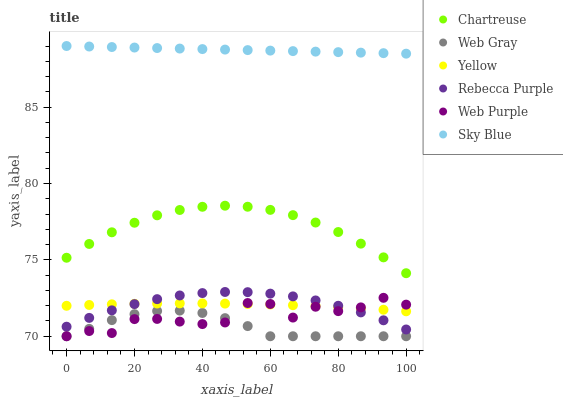
| xaxis_label | Chartreuse | Web Gray | Yellow | Rebecca Purple | Web Purple | Sky Blue |
 | --- | --- | --- | --- | --- | --- | --- |
 | 0 | 75.1 | 70 | 72 | 70.6 | 70 | 89 |
 | 6.67 | 76 | 70.5 | 72 | 71.2 | 70.3 | 89 |
 | 13.3 | 76.8 | 71.1 | 72.1 | 71.7 | 70.2 | 88.9 |
 | 20 | 77.4 | 71.4 | 72.1 | 72.1 | 71.1 | 88.9 |
 | 26.7 | 77.9 | 71.7 | 72.1 | 72.4 | 71.1 | 88.9 |
 | 33.3 | 78.3 | 71.7 | 72.2 | 72.7 | 71 | 88.8 |
 | 40 | 78.5 | 71.5 | 72.2 | 72.8 | 70.8 | 88.8 |
 | 46.7 | 78.5 | 71.2 | 72.1 | 72.9 | 70.9 | 88.8 |
 | 53.3 | 78.5 | 70.7 | 72.1 | 72.9 | 72.2 | 88.7 |
 | 60 | 78.3 | 70 | 72.1 | 72.8 | 72.1 | 88.7 |
 | 66.7 | 77.9 | 70 | 72 | 72.6 | 71.2 | 88.7 |
 | 73.3 | 77.4 | 70 | 72 | 72.3 | 71.9 | 88.6 |
 | 80 | 76.8 | 70 | 71.9 | 72 | 71.6 | 88.6 |
 | 86.7 | 76.1 | 70 | 71.8 | 71.6 | 71.9 | 88.6 |
 | 93.3 | 75.2 | 70 | 71.7 | 71 | 72.5 | 88.5 |
 | 100 | 74.1 | 70 | 71.6 | 70.4 | 72.1 | 88.5 |